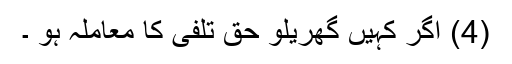
(4) اگر کہیں گھریلو حق تلفی کا معاملہ ہو ۔